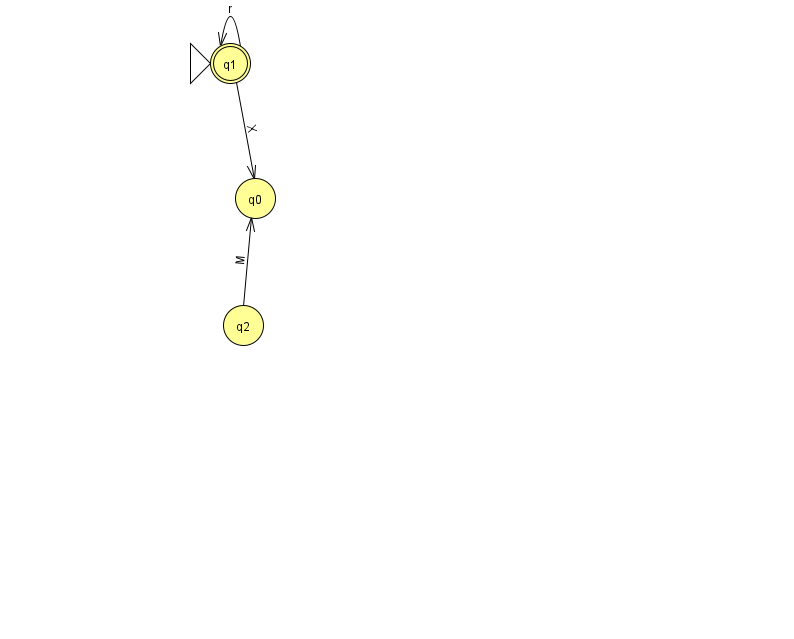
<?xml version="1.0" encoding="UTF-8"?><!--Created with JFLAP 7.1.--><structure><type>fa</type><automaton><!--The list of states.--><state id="0" name="q0"><x>255.0</x><y>185.0</y></state><state id="1" name="q1"><x>230.0</x><y>50.0</y><initial/><final/></state><state id="2" name="q2"><x>243.0</x><y>312.0</y></state><!--The list of transitions.--><transition><from>1</from><to>0</to><read>X</read></transition><transition><from>1</from><to>1</to><read>r</read></transition><transition><from>2</from><to>0</to><read>M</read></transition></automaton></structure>